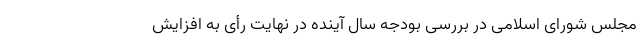
مجلس شورای اسلامی در بررسی بودجه سال آینده در نهایت رأی به افزایش